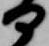
部